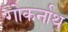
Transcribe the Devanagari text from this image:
गोकर्नाथ